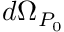
d \Omega _ { P _ { 0 } }